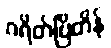
ဂရိတ်ဗြိတိန်